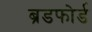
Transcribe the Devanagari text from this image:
ब्रडफोर्ड